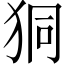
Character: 狪